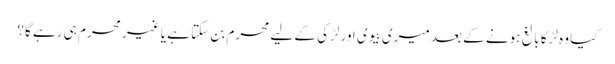
کیا وہ لڑکا بالغ ہونے کے بعد میری بیوی اور لڑکی کے لیے محرم بن سکتا ہے یا غیر محرم ہی رہے گا؟